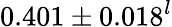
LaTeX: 0.401\pm 0.018^{l}